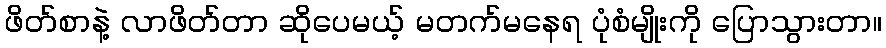
ဖိတ်စာနဲ့ လာဖိတ်တာ ဆိုပေမယ့် မတက်မနေရ ပုံစံမျိုးကို ပြောသွားတာ။